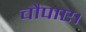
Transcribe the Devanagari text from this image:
चौपाए।